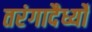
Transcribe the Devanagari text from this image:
तरंगादैर्ध्यों